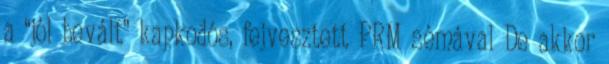
a “jól bevált” kapkodós, fejvesztett PRM sémával De akkor